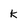
Character: k